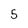
Character: 5